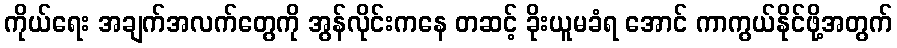
ကိုယ်ရေး အချက်အလက်တွေကို အွန်လိုင်းကနေ တဆင့် ခိုးယူမခံရ အောင် ကာကွယ်နိုင်ဖို့အတွက်